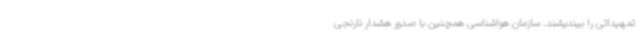
تمهیداتی را بیندیشند. سازمان هواشناسی همچنین با صدور هشدار نارنجی